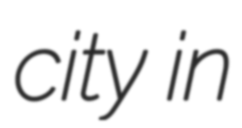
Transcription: city in